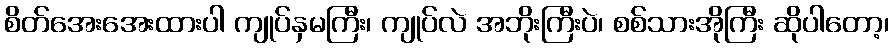
စိတ်အေးအေးထားပါ ကျုပ်နှမကြီး၊ ကျုပ်လဲ အဘိုးကြီးပဲ၊ စစ်သားအိုကြီး ဆိုပါတော့၊